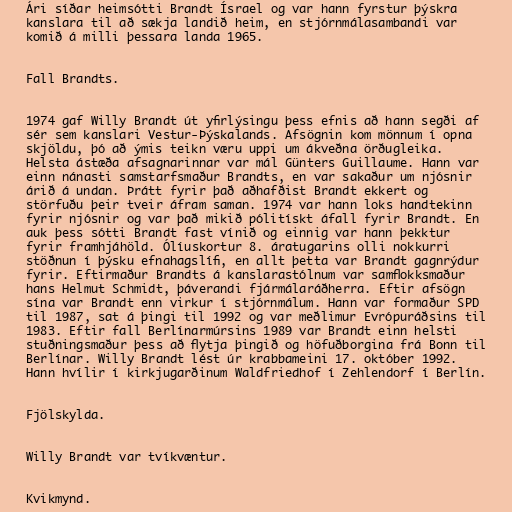
Ári síðar heimsótti Brandt Ísrael og var hann fyrstur þýskra
kanslara til að sækja landið heim, en stjórnmálasambandi var
komið á milli þessara landa 1965.

Fall Brandts.

1974 gaf Willy Brandt út yfirlýsingu þess efnis að hann segði af
sér sem kanslari Vestur-Þýskalands. Afsögnin kom mönnum í opna
skjöldu, þó að ýmis teikn væru uppi um ákveðna örðugleika.
Helsta ástæða afsagnarinnar var mál Günters Guillaume. Hann var
einn nánasti samstarfsmaður Brandts, en var sakaður um njósnir
árið á undan. Þrátt fyrir það aðhafðist Brandt ekkert og
störfuðu þeir tveir áfram saman. 1974 var hann loks handtekinn
fyrir njósnir og var það mikið pólitískt áfall fyrir Brandt. En
auk þess sótti Brandt fast vínið og einnig var hann þekktur
fyrir framhjáhöld. Ólíuskortur 8. áratugarins olli nokkurri
stöðnun í þýsku efnahagslífi, en allt þetta var Brandt gagnrýdur
fyrir. Eftirmaður Brandts á kanslarastólnum var samflokksmaður
hans Helmut Schmidt, þáverandi fjármálaráðherra. Eftir afsögn
sína var Brandt enn virkur í stjórnmálum. Hann var formaður SPD
til 1987, sat á þingi til 1992 og var meðlimur Evrópuráðsins til
1983. Eftir fall Berlínarmúrsins 1989 var Brandt einn helsti
stuðningsmaður þess að flytja þingið og höfuðborgina frá Bonn til
Berlínar. Willy Brandt lést úr krabbameini 17. október 1992.
Hann hvílir í kirkjugarðinum Waldfriedhof í Zehlendorf í Berlín.

Fjölskylda.

Willy Brandt var tvíkvæntur.

Kvikmynd.